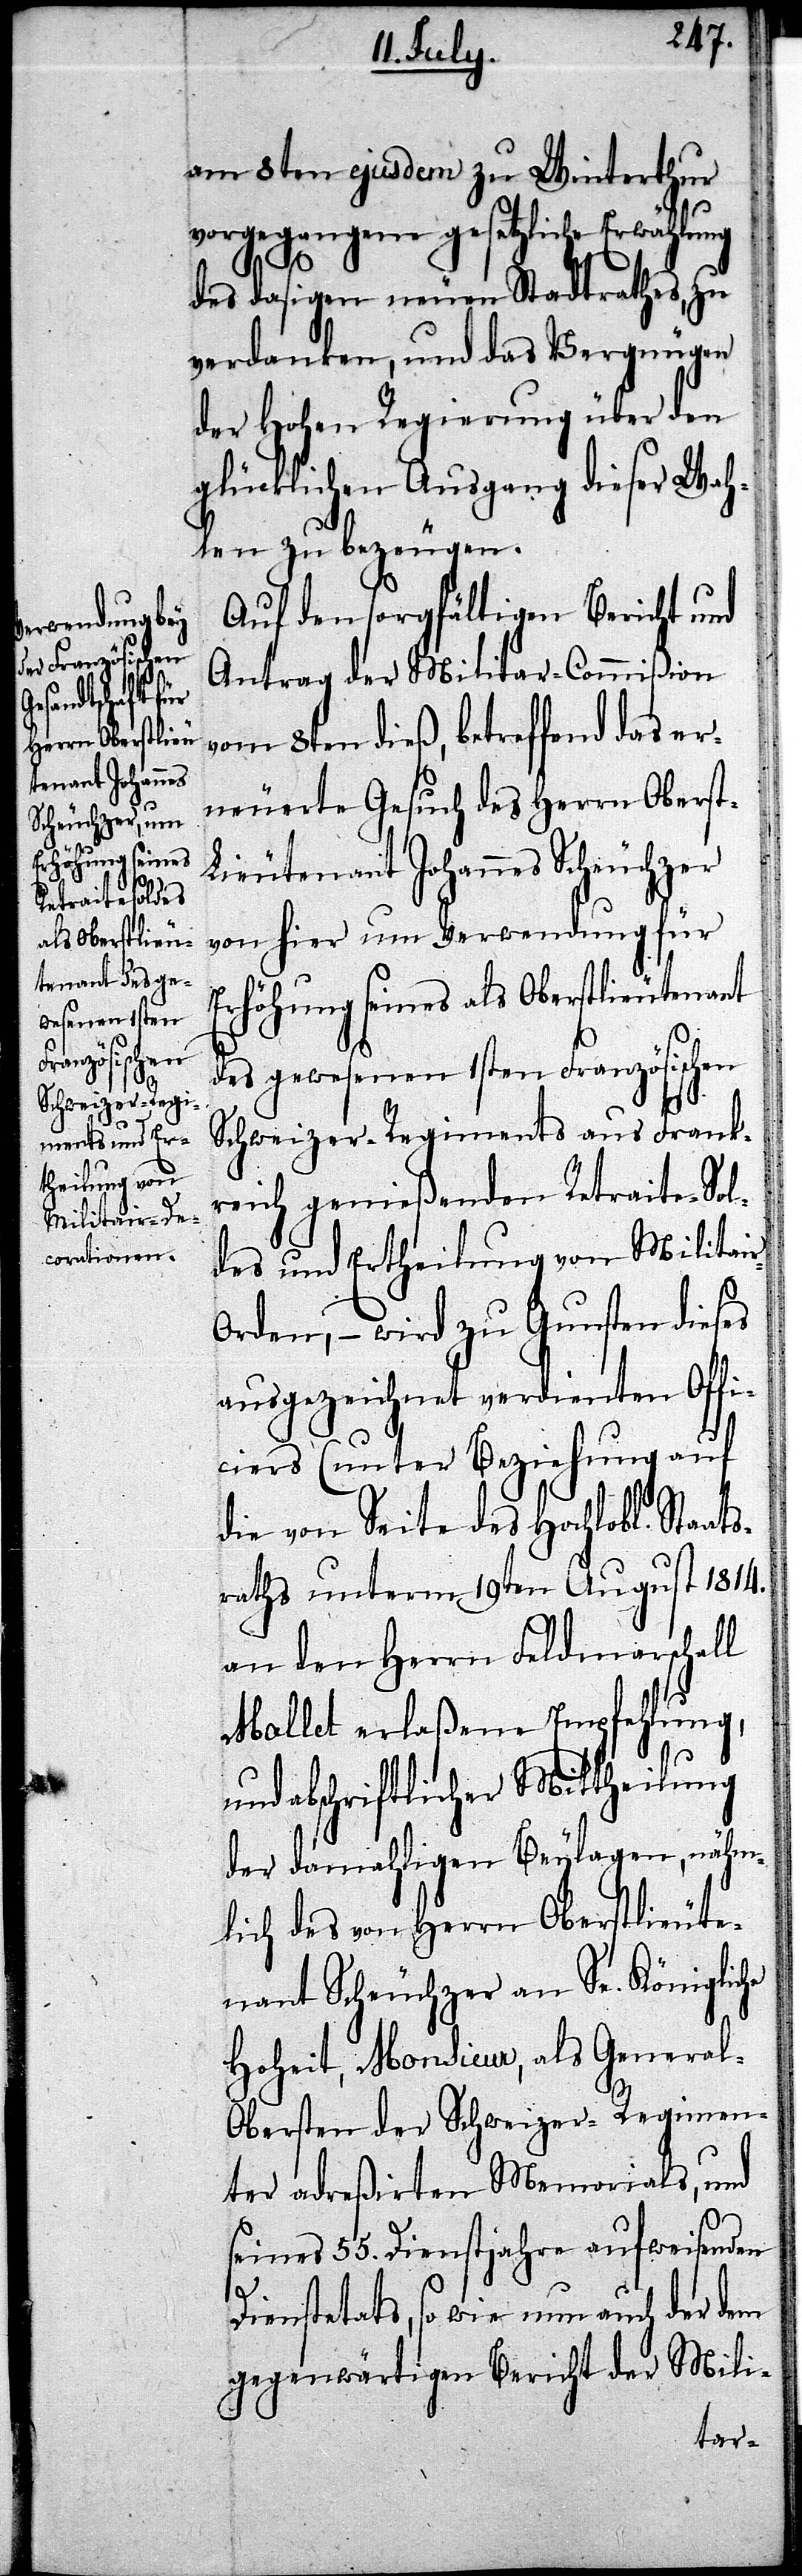
am 8ten ejusdem zu Winterthur
vorgegangene gesetzliche Erwählung
r-O¬
des dasigen neuen Stadtrathes, zu
verdanken, und das Vergnügen
der Hohen Regierung über den
glücklichen Ausgang dieser Wah¬
len zu bezeugen.
Auf den sorgfältigen Bericht und
Antrag der Militar-Commißion
vom 8ten dieß, betreffend das er¬
neuerte Gesuch des Herrn Obers¬
ieutenant Johannes Scheuchzer
von hier um Verwendung für
Erhöhung seines als Oberstlieutenant
des gewesenen 1sten Französischen
Schweizer-Regiments aus Frank¬
reich genießenden Retraite-Sol¬
des und Ertheilung von Militai¬
rden, – wird zu Gunsten dieses
ausgezeichnet verdienten Offi¬
ciers (unter Beziehung auf
die von Seite des Hochlobl. Staat¬
sraths unterm 19ten August 1814.
an den Herrn Feldmarschall
Mallet erlaßene Empfehlung,
und abschriftlicher Mittheilung
der damahligen Beylagen, nähm¬
lich des von Herrn Oberstlieute¬
nant Scheuchzer an Sr. Königliche
Hoheit, Monsieur, als Genera¬
l-Obersten der Schweizer-Regimen¬
ter adreßirten Memorials, und
seines 55. Dienstjahre aufweisenden
t-L¬
Dienstetats, so wie nun auch der dem
gegenwärtigen Bericht der Mili-